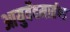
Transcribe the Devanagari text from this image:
आयुर्वेदमार्तण्ड